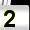
Digit: 2